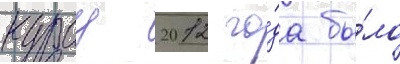
курсу 2012 го́да бы́ло